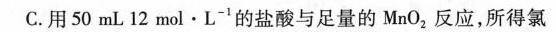
C.用50mL12mol·L^{-1}的盐酸与足量的MnO_{2}，反应，所得氯